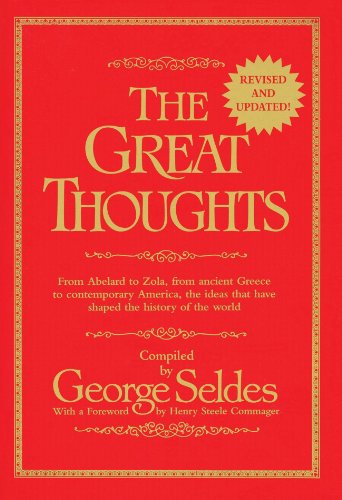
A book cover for The Great Thoughts, From Abelard to Zola, from Ancient Greece to Contemporary America, the Ideas that have Shaped the History of the World; George Seldes; Humor & Entertainment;